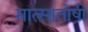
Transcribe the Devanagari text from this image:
मात्सातोषी